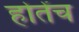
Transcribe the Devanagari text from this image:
होतेंच